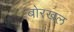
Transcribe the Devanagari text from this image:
बोरखल